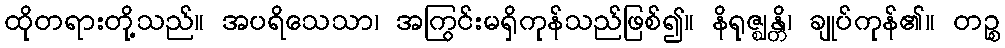
ထိုတရားတို့သည်။ အပရိသေသာ၊ အကြွင်းမရှိကုန်သည်ဖြစ်၍။ နိရုဇ္ဈန္တိ၊ ချုပ်ကုန်၏။ တဉ္စ